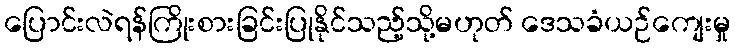
ပြောင်းလဲရန်ကြိုးစားခြင်းပြုနိုင်သည့်သို့မဟုတ် ဒေသခံယဉ်ကျေးမှု